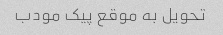
تحویل به موقع پیک مودب